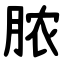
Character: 脓